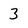
Character: 3